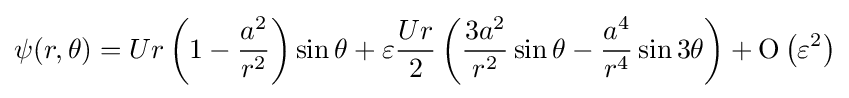
\psi (r,\theta )=Ur\left(1-{\frac {a^{2}}{r^{2}}}\right)\sin \theta +\varepsilon {\frac {Ur}{2}}\left({\frac {3a^{2}}{r^{2}}}\sin \theta -{\frac {a^{4}}{r^{4}}}\sin 3\theta \right)+\mathrm {O} \left(\varepsilon ^{2}\right)